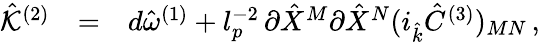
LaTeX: \begin{array}{rcl}{{{\hat{\cal K}}^{(2)}}}&{{=}}&{{d{\hat{\omega}}^{(1)}+l_{p}^{-2}\, \partial{\hat{X}}^{M}\partial{\hat{X}}^{N}(i_{\hat{k}}{\hat{C}}^{(3)})_{MN}\, ,}}\end{array}